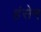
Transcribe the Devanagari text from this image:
हंसेन